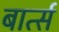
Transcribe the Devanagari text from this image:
बार्त्स